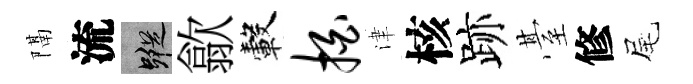
隔流蹤歙轂拍津核跡䑓修尾